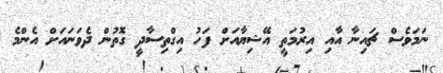
ނަމަވެސް ޗައިނާ އާއި އިރުމަތީ އޭޝިޔާއަށް ފަހު އިގްތިސާދީ ގޮތުން ދެވަނައަށް އެންމެ